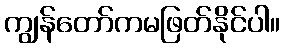
ကျွန်တော်ကမဖြတ်နိုင်ပါ။